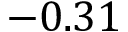
- 0 . 3 1